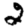
Digit: 2